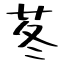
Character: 苳